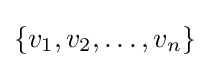
\{v_{1},v_{2},\ldots ,v_{n}\}